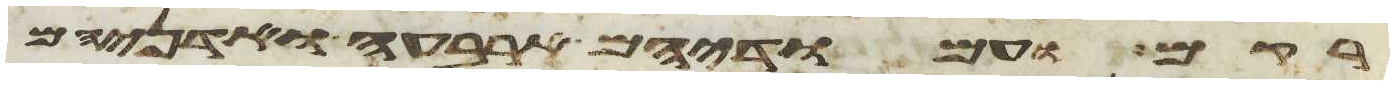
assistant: רקם ועמודיהם ארבעה ואדניהם